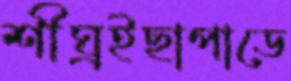
শীঘ্রইছাপাডে